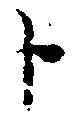
ト